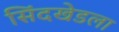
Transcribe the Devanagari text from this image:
सिंदखेडला